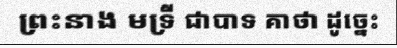
ព្រះនាង មទ្រី ជាបាទ គាថា ដូច្នេះ